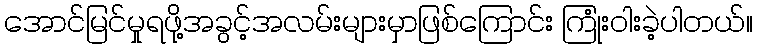
အောင်မြင်မှုရဖို့အခွင့်အလမ်းများမှာဖြစ်ကြောင်း ကြုံးဝါးခဲ့ပါတယ်။